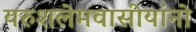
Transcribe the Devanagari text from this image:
यरुशलेमवासीयांनो